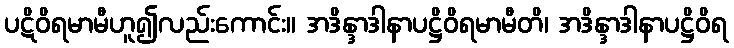
ပဋိဝိရမာမီဟူ၍လည်းကောင်း။ အဒိန္ဒာဒါနာပဋ္ဌိဝိရမာမီတိ၊ အဒိန္ဒာဒါနာပဋ္ဌိဝိရ